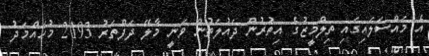
އެ މައްސަލައިގައި ތިލްމީޒުގެ އިތުރުން ދައުލަތުން ވަނީ މާލޭ ދަފްތަރު 2193 މުހައްމަދު